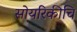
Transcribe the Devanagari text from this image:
सोयरिकीचि